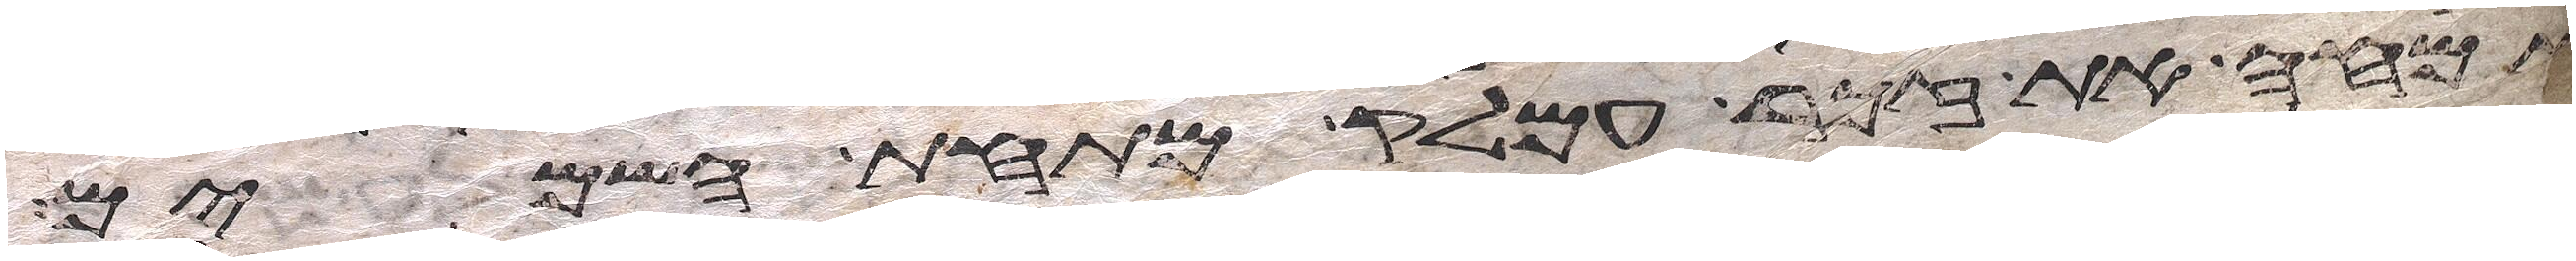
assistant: אמחה את זכר עמלק מתחת השמים